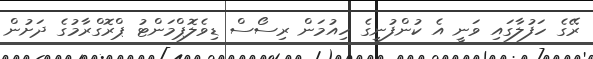
ރޭގެ ހަފުލާގައި ވަނީ އެ ކުންފުނީގެ ހިއުމަން ރިސޯސް ޑިވެލޮޕްމަންޓު ޕްރޮގްރާމުގެ ދަށުން